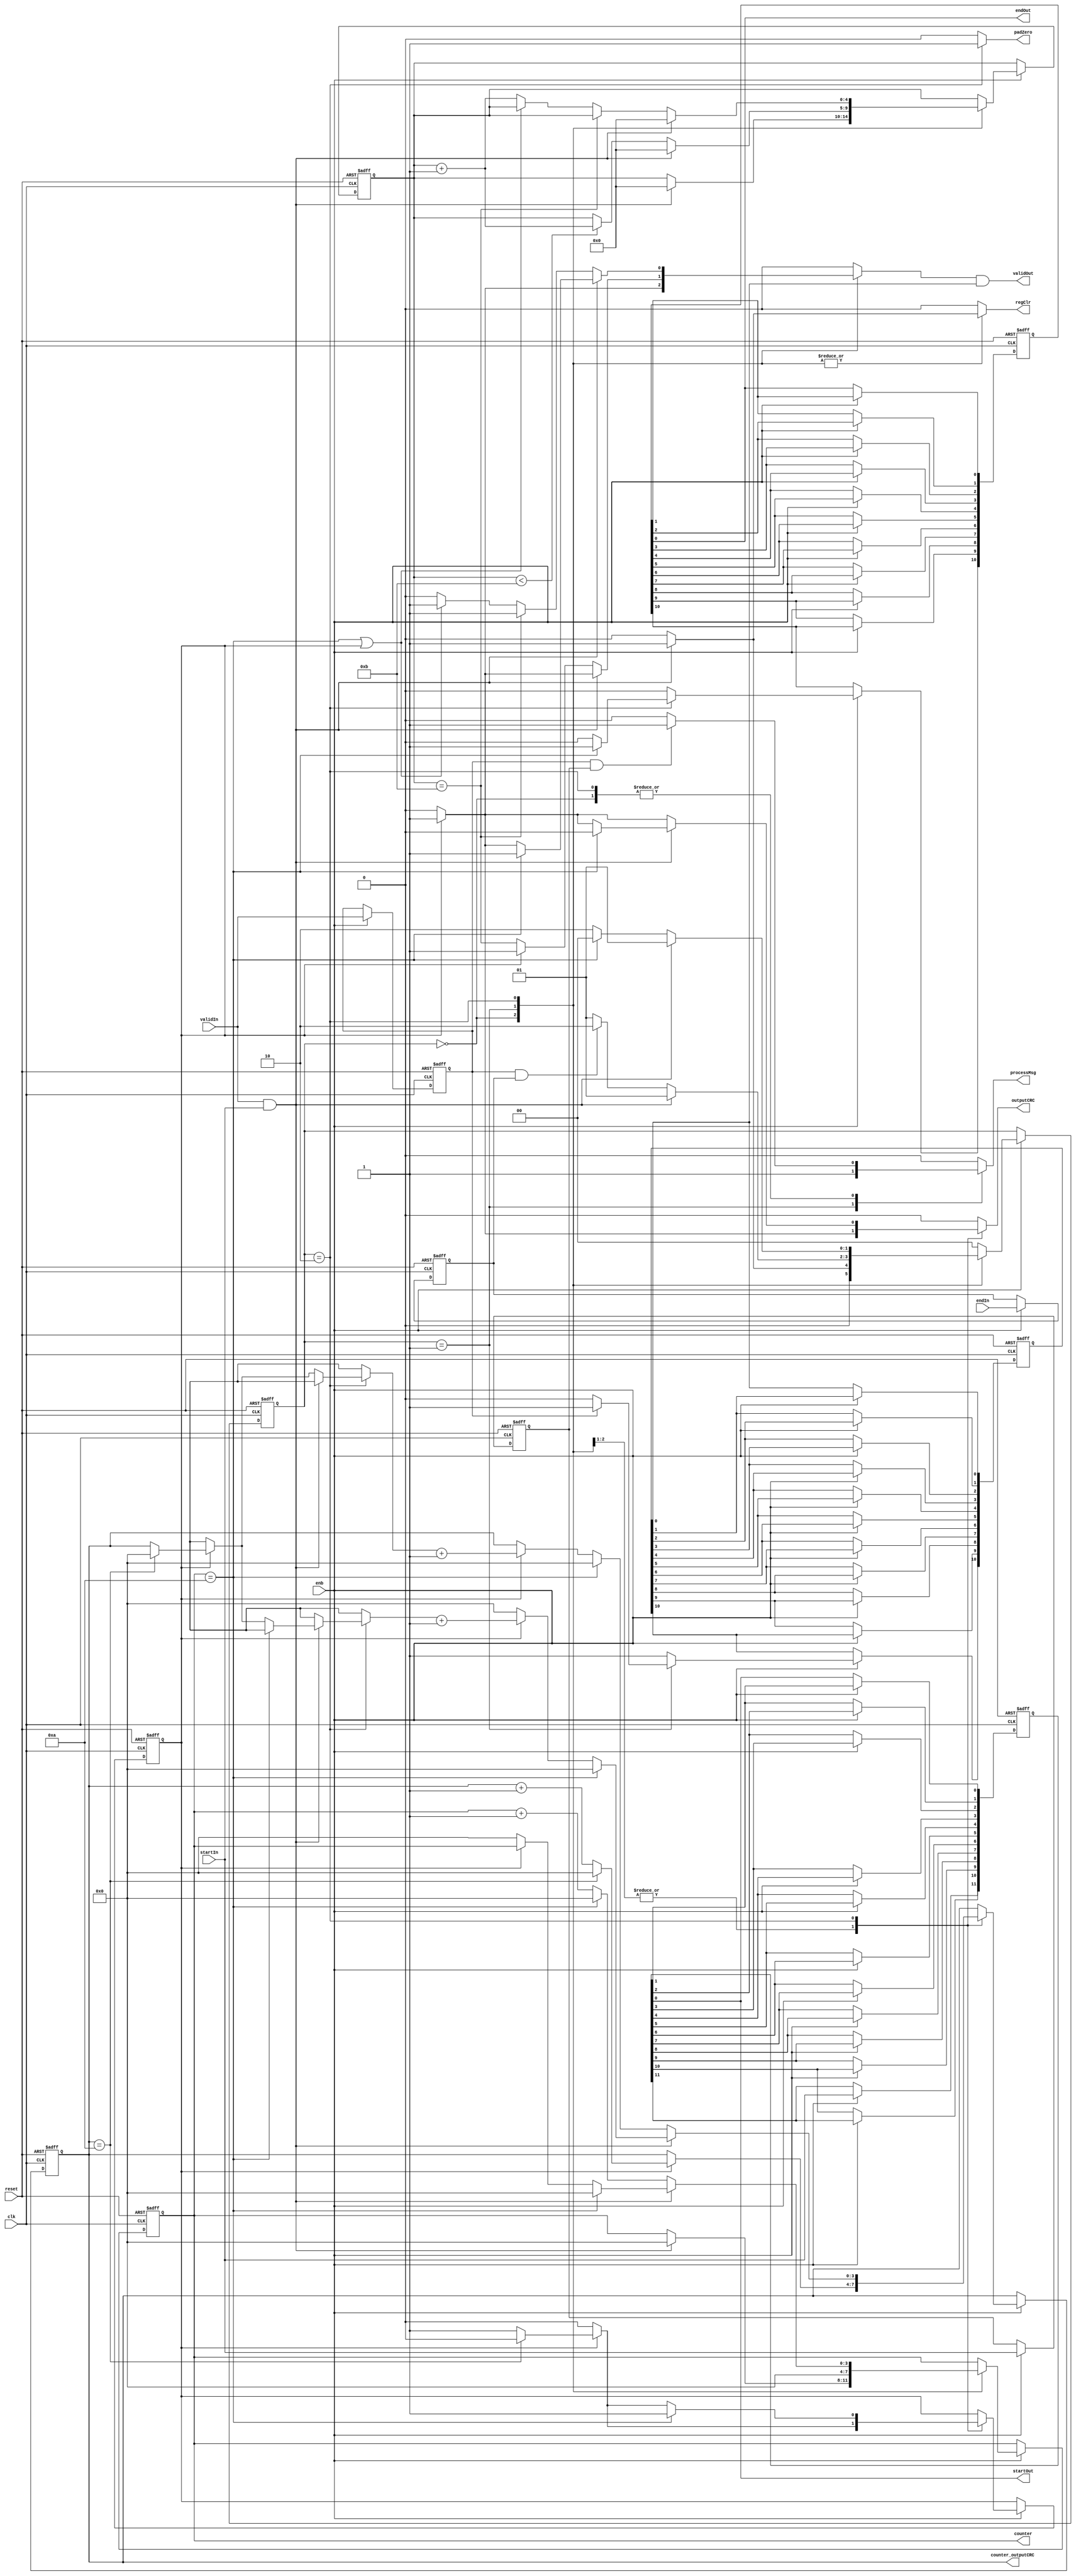
// -------------------------------------------------------------
// 
// 
// Generated by MATLAB 9.8 and HDL Coder 3.16
// 
// -------------------------------------------------------------


// -------------------------------------------------------------
// 
// Module: CRCGenControl
// Source Path: NRPolarDecodeHDL/HDL Algorithm/NR Polar Decoder/CRC Decoder/CRCGenerator/CRCGenControl
// Hierarchy Level: 4
// 
// CRC Generator Control Signals Generation
// 
// -------------------------------------------------------------

`timescale 1 ns / 1 ns

module CRCGenControl
          (clk,
           reset,
           enb,
           startIn,
           endIn,
           validIn,
           startOut,
           processMsg,
           padZero,
           outputCRC,
           endOut,
           validOut,
           regClr,
           counter,
           counter_outputCRC);


  input   clk;
  input   reset;
  input   enb;
  input   startIn;  // ufix1
  input   endIn;  // ufix1
  input   validIn;  // ufix1
  output  startOut;  // ufix1
  output  processMsg;  // ufix1
  output  padZero;  // ufix1
  output  outputCRC;  // ufix1
  output  endOut;  // ufix1
  output  validOut;  // ufix1
  output  regClr;  // ufix1
  output  [3:0] counter;  // ufix4
  output  [3:0] counter_outputCRC;  // ufix4


  reg  [0:11] dataOut_register_reg;  // ufix1 [12]
  wire [0:11] dataOut_register_reg_next;  // ufix1 [12]
  reg  validindelay;  // ufix1
  reg  sofindelay;  // ufix1
  reg  eofindelay;  // ufix1
  reg [1:0] CRCControlFSM_FSMNextState;  // ufix2
  reg [4:0] CRCControlFSM_Cnt1;  // ufix5
  reg [3:0] CRCControlFSM_Cnt2;  // ufix4
  reg [3:0] CRCControlFSM_Cnt3;  // ufix4
  reg  CRCControlFSM_Cnt3_enb;
  reg [1:0] CRCControlFSM_FSMNextState_next;  // ufix2
  reg [4:0] CRCControlFSM_Cnt1_next;  // ufix5
  reg [3:0] CRCControlFSM_Cnt2_next;  // ufix4
  reg [3:0] CRCControlFSM_Cnt3_next;  // ufix4
  reg  CRCControlFSM_Cnt3_enb_next;
  reg  validOutTemp;  // ufix1
  reg  endOutTemp;  // ufix1
  reg  validLowFlag;  // ufix1
  reg  outputCRC_1;  // ufix1
  reg  processMsg_1;  // ufix1
  reg  padZero_1;  // ufix1
  reg  regClr_1;  // ufix1
  reg [3:0] counter_1;  // ufix4
  reg [3:0] counter_outputCRC_1;  // ufix4
  reg  [0:10] dataOut_register_reg_1;  // ufix1 [11]
  wire [0:10] dataOut_register_reg_next_1;  // ufix1 [11]
  reg  [0:10] validLowFlag_register_reg;  // ufix1 [11]
  wire [0:10] validLowFlag_register_reg_next;  // ufix1 [11]
  wire validLowFlagDelay;  // ufix1
  reg [3:0] CRCControlFSM_Cnt3_temp;  // ufix4


  // buffer for startOut
  always @(posedge clk or posedge reset)
    begin : dataOut_register_process
      if (reset == 1'b1) begin
        dataOut_register_reg[0] <= 1'b0;
        dataOut_register_reg[1] <= 1'b0;
        dataOut_register_reg[2] <= 1'b0;
        dataOut_register_reg[3] <= 1'b0;
        dataOut_register_reg[4] <= 1'b0;
        dataOut_register_reg[5] <= 1'b0;
        dataOut_register_reg[6] <= 1'b0;
        dataOut_register_reg[7] <= 1'b0;
        dataOut_register_reg[8] <= 1'b0;
        dataOut_register_reg[9] <= 1'b0;
        dataOut_register_reg[10] <= 1'b0;
        dataOut_register_reg[11] <= 1'b0;
      end
      else begin
        if (enb) begin
          dataOut_register_reg[0] <= dataOut_register_reg_next[0];
          dataOut_register_reg[1] <= dataOut_register_reg_next[1];
          dataOut_register_reg[2] <= dataOut_register_reg_next[2];
          dataOut_register_reg[3] <= dataOut_register_reg_next[3];
          dataOut_register_reg[4] <= dataOut_register_reg_next[4];
          dataOut_register_reg[5] <= dataOut_register_reg_next[5];
          dataOut_register_reg[6] <= dataOut_register_reg_next[6];
          dataOut_register_reg[7] <= dataOut_register_reg_next[7];
          dataOut_register_reg[8] <= dataOut_register_reg_next[8];
          dataOut_register_reg[9] <= dataOut_register_reg_next[9];
          dataOut_register_reg[10] <= dataOut_register_reg_next[10];
          dataOut_register_reg[11] <= dataOut_register_reg_next[11];
        end
      end
    end

  assign startOut = dataOut_register_reg[11];
  assign dataOut_register_reg_next[0] = startIn;
  assign dataOut_register_reg_next[1] = dataOut_register_reg[0];
  assign dataOut_register_reg_next[2] = dataOut_register_reg[1];
  assign dataOut_register_reg_next[3] = dataOut_register_reg[2];
  assign dataOut_register_reg_next[4] = dataOut_register_reg[3];
  assign dataOut_register_reg_next[5] = dataOut_register_reg[4];
  assign dataOut_register_reg_next[6] = dataOut_register_reg[5];
  assign dataOut_register_reg_next[7] = dataOut_register_reg[6];
  assign dataOut_register_reg_next[8] = dataOut_register_reg[7];
  assign dataOut_register_reg_next[9] = dataOut_register_reg[8];
  assign dataOut_register_reg_next[10] = dataOut_register_reg[9];
  assign dataOut_register_reg_next[11] = dataOut_register_reg[10];



  // validIn buffer
  always @(posedge clk or posedge reset)
    begin : validInReg_process
      if (reset == 1'b1) begin
        validindelay <= 1'b0;
      end
      else begin
        if (enb) begin
          validindelay <= validIn;
        end
      end
    end



  // startIn buffer
  always @(posedge clk or posedge reset)
    begin : startInReg_process
      if (reset == 1'b1) begin
        sofindelay <= 1'b0;
      end
      else begin
        if (enb) begin
          sofindelay <= startIn;
        end
      end
    end



  // endIn buffer
  always @(posedge clk or posedge reset)
    begin : endInReg_process
      if (reset == 1'b1) begin
        eofindelay <= 1'b0;
      end
      else begin
        if (enb) begin
          eofindelay <= endIn;
        end
      end
    end



  // CRC Generator Control FSM
  always @(posedge clk or posedge reset)
    begin : CRCControlFSM_process
      if (reset == 1'b1) begin
        CRCControlFSM_FSMNextState <= 2'b00;
        CRCControlFSM_Cnt1 <= 5'b00000;
        CRCControlFSM_Cnt2 <= 4'b0000;
        CRCControlFSM_Cnt3 <= 4'b0000;
        CRCControlFSM_Cnt3_enb <= 1'b0;
      end
      else begin
        if (enb) begin
          CRCControlFSM_FSMNextState <= CRCControlFSM_FSMNextState_next;
          CRCControlFSM_Cnt1 <= CRCControlFSM_Cnt1_next;
          CRCControlFSM_Cnt2 <= CRCControlFSM_Cnt2_next;
          CRCControlFSM_Cnt3 <= CRCControlFSM_Cnt3_next;
          CRCControlFSM_Cnt3_enb <= CRCControlFSM_Cnt3_enb_next;
        end
      end
    end

  always @(CRCControlFSM_Cnt1, CRCControlFSM_Cnt2, CRCControlFSM_Cnt3,
       CRCControlFSM_Cnt3_enb, CRCControlFSM_FSMNextState, eofindelay,
       sofindelay, startIn, validIn, validindelay) begin
    CRCControlFSM_Cnt3_temp = CRCControlFSM_Cnt3;
    CRCControlFSM_FSMNextState_next = CRCControlFSM_FSMNextState;
    CRCControlFSM_Cnt1_next = CRCControlFSM_Cnt1;
    CRCControlFSM_Cnt2_next = CRCControlFSM_Cnt2;
    CRCControlFSM_Cnt3_enb_next = CRCControlFSM_Cnt3_enb;
    case ( CRCControlFSM_FSMNextState)
      2'b00 :
        begin
          validLowFlag = 1'b1;
          regClr_1 = 1'b0;
          processMsg_1 = 1'b0;
          padZero_1 = 1'b0;
          endOutTemp = 1'b0;
          if (CRCControlFSM_Cnt3_enb) begin
            validOutTemp = 1'b1;
            outputCRC_1 = 1'b1;
            if (CRCControlFSM_Cnt3 == 4'b1010) begin
              CRCControlFSM_Cnt3_enb_next = 1'b0;
              CRCControlFSM_Cnt3_temp = 4'b0000;
            end
            else begin
              CRCControlFSM_Cnt3_temp = CRCControlFSM_Cnt3 + 4'b0001;
            end
          end
          else begin
            validOutTemp = 1'b0;
            outputCRC_1 = 1'b0;
          end
          if ((validindelay != 1'b0) && (sofindelay != 1'b0)) begin
            processMsg_1 = 1'b1;
          end
          if ((validIn != 1'b0) && (startIn != 1'b0)) begin
            regClr_1 = 1'b1;
            CRCControlFSM_FSMNextState_next = 2'b01;
            CRCControlFSM_Cnt1_next = 5'b00000;
            CRCControlFSM_Cnt2_next = 4'b0000;
          end
          else begin
            CRCControlFSM_FSMNextState_next = 2'b00;
          end
        end
      2'b01 :
        begin
          validLowFlag = 1'b1;
          regClr_1 = 1'b0;
          processMsg_1 = 1'b1;
          endOutTemp = 1'b0;
          padZero_1 = 1'b0;
          CRCControlFSM_Cnt2_next = 4'b0000;
          if (validindelay == 1'b0) begin
            validLowFlag = 1'b0;
          end
          if ((validIn != 1'b0) && (startIn != 1'b0)) begin
            regClr_1 = 1'b1;
            CRCControlFSM_FSMNextState_next = 2'b01;
            CRCControlFSM_Cnt1_next = 5'b00000;
            if (CRCControlFSM_Cnt3_enb) begin
              validOutTemp = 1'b1;
              outputCRC_1 = 1'b1;
              if (CRCControlFSM_Cnt3 == 4'b1010) begin
                CRCControlFSM_Cnt3_enb_next = 1'b0;
                CRCControlFSM_Cnt3_temp = 4'b0000;
              end
              else begin
                CRCControlFSM_Cnt3_temp = CRCControlFSM_Cnt3 + 4'b0001;
              end
            end
            else begin
              validOutTemp = 1'b0;
              outputCRC_1 = 1'b0;
            end
          end
          else begin
            if (CRCControlFSM_Cnt3_enb) begin
              validOutTemp = 1'b1;
              outputCRC_1 = 1'b1;
            end
            else begin
              validOutTemp = CRCControlFSM_Cnt1 == 5'b01011;
              outputCRC_1 = 1'b0;
            end
            if (CRCControlFSM_Cnt3_enb) begin
              if (CRCControlFSM_Cnt3 == 4'b1010) begin
                CRCControlFSM_Cnt3_enb_next = 1'b0;
                CRCControlFSM_Cnt3_temp = 4'b0000;
              end
              else begin
                CRCControlFSM_Cnt3_temp = CRCControlFSM_Cnt3 + 4'b0001;
              end
            end
            if (CRCControlFSM_Cnt1 < 5'b01011) begin
              CRCControlFSM_Cnt1_next = CRCControlFSM_Cnt1 + 5'b00001;
            end
            if ((validindelay != 1'b0) && (eofindelay != 1'b0)) begin
              CRCControlFSM_FSMNextState_next = 2'b10;
            end
            else begin
              CRCControlFSM_FSMNextState_next = 2'b01;
            end
          end
        end
      2'b10 :
        begin
          validLowFlag = 1'b1;
          regClr_1 = 1'b0;
          processMsg_1 = 1'b0;
          padZero_1 = 1'b1;
          if ((validindelay != 1'b0) && (sofindelay != 1'b0)) begin
            processMsg_1 = 1'b1;
          end
          if ((validIn != 1'b0) && (startIn != 1'b0)) begin
            regClr_1 = 1'b1;
            CRCControlFSM_FSMNextState_next = 2'b01;
            CRCControlFSM_Cnt1_next = 5'b00000;
            if (CRCControlFSM_Cnt2 == 4'b1010) begin
              validOutTemp = 1'b1;
              endOutTemp = 1'b1;
              CRCControlFSM_Cnt3_enb_next = 1'b1;
              outputCRC_1 = 1'b0;
              CRCControlFSM_Cnt3_temp = 4'b0000;
              CRCControlFSM_Cnt2_next = 4'b0000;
            end
            else begin
              endOutTemp = 1'b0;
              if (CRCControlFSM_Cnt3_enb) begin
                validOutTemp = 1'b1;
                outputCRC_1 = 1'b1;
                if (CRCControlFSM_Cnt3 == 4'b1010) begin
                  CRCControlFSM_Cnt3_enb_next = 1'b0;
                  CRCControlFSM_Cnt3_temp = 4'b0000;
                end
                CRCControlFSM_Cnt3_temp = CRCControlFSM_Cnt3_temp + 4'b0001;
              end
              else begin
                validOutTemp = 1'b0;
                CRCControlFSM_Cnt2_next = 4'b0000;
                CRCControlFSM_Cnt3_temp = 4'b0000;
                outputCRC_1 = 1'b0;
              end
            end
          end
          else begin
            if (CRCControlFSM_Cnt1 == 5'b01011) begin
              validOutTemp = 1'b1;
            end
            else if ((CRCControlFSM_Cnt2 == 4'b1010) || CRCControlFSM_Cnt3_enb) begin
              validOutTemp = 1'b1;
            end
            else begin
              CRCControlFSM_Cnt1_next = CRCControlFSM_Cnt1 + 5'b00001;
              validOutTemp = 1'b0;
            end
            if (CRCControlFSM_Cnt3_enb) begin
              outputCRC_1 = 1'b1;
              if (CRCControlFSM_Cnt3 == 4'b1010) begin
                CRCControlFSM_Cnt3_enb_next = 1'b0;
                CRCControlFSM_Cnt3_temp = 4'b0000;
              end
              CRCControlFSM_Cnt3_temp = CRCControlFSM_Cnt3_temp + 4'b0001;
            end
            else begin
              outputCRC_1 = 1'b0;
            end
            if (CRCControlFSM_Cnt2 == 4'b1010) begin
              CRCControlFSM_FSMNextState_next = 2'b00;
              endOutTemp = 1'b1;
              CRCControlFSM_Cnt3_enb_next = 1'b1;
              CRCControlFSM_Cnt3_temp = 4'b0000;
              CRCControlFSM_Cnt2_next = 4'b0000;
            end
            else begin
              CRCControlFSM_FSMNextState_next = 2'b10;
              endOutTemp = 1'b0;
              CRCControlFSM_Cnt2_next = CRCControlFSM_Cnt2 + 4'b0001;
            end
          end
        end
      default :
        begin
          CRCControlFSM_FSMNextState_next = 2'b00;
          validOutTemp = 1'b0;
          endOutTemp = 1'b0;
          outputCRC_1 = 1'b0;
          processMsg_1 = 1'b0;
          padZero_1 = 1'b0;
          regClr_1 = 1'b0;
          validLowFlag = 1'b1;
        end
    endcase
    counter_1 = CRCControlFSM_Cnt2;
    counter_outputCRC_1 = CRCControlFSM_Cnt3;
    CRCControlFSM_Cnt3_next = CRCControlFSM_Cnt3_temp;
  end



  // buffer for endOut
  always @(posedge clk or posedge reset)
    begin : dataOut_register_1_process
      if (reset == 1'b1) begin
        dataOut_register_reg_1[0] <= 1'b0;
        dataOut_register_reg_1[1] <= 1'b0;
        dataOut_register_reg_1[2] <= 1'b0;
        dataOut_register_reg_1[3] <= 1'b0;
        dataOut_register_reg_1[4] <= 1'b0;
        dataOut_register_reg_1[5] <= 1'b0;
        dataOut_register_reg_1[6] <= 1'b0;
        dataOut_register_reg_1[7] <= 1'b0;
        dataOut_register_reg_1[8] <= 1'b0;
        dataOut_register_reg_1[9] <= 1'b0;
        dataOut_register_reg_1[10] <= 1'b0;
      end
      else begin
        if (enb) begin
          dataOut_register_reg_1[0] <= dataOut_register_reg_next_1[0];
          dataOut_register_reg_1[1] <= dataOut_register_reg_next_1[1];
          dataOut_register_reg_1[2] <= dataOut_register_reg_next_1[2];
          dataOut_register_reg_1[3] <= dataOut_register_reg_next_1[3];
          dataOut_register_reg_1[4] <= dataOut_register_reg_next_1[4];
          dataOut_register_reg_1[5] <= dataOut_register_reg_next_1[5];
          dataOut_register_reg_1[6] <= dataOut_register_reg_next_1[6];
          dataOut_register_reg_1[7] <= dataOut_register_reg_next_1[7];
          dataOut_register_reg_1[8] <= dataOut_register_reg_next_1[8];
          dataOut_register_reg_1[9] <= dataOut_register_reg_next_1[9];
          dataOut_register_reg_1[10] <= dataOut_register_reg_next_1[10];
        end
      end
    end

  assign endOut = dataOut_register_reg_1[10];
  assign dataOut_register_reg_next_1[0] = endOutTemp;
  assign dataOut_register_reg_next_1[1] = dataOut_register_reg_1[0];
  assign dataOut_register_reg_next_1[2] = dataOut_register_reg_1[1];
  assign dataOut_register_reg_next_1[3] = dataOut_register_reg_1[2];
  assign dataOut_register_reg_next_1[4] = dataOut_register_reg_1[3];
  assign dataOut_register_reg_next_1[5] = dataOut_register_reg_1[4];
  assign dataOut_register_reg_next_1[6] = dataOut_register_reg_1[5];
  assign dataOut_register_reg_next_1[7] = dataOut_register_reg_1[6];
  assign dataOut_register_reg_next_1[8] = dataOut_register_reg_1[7];
  assign dataOut_register_reg_next_1[9] = dataOut_register_reg_1[8];
  assign dataOut_register_reg_next_1[10] = dataOut_register_reg_1[9];



  // buffer for validLowFlag
  always @(posedge clk or posedge reset)
    begin : validLowFlag_register_process
      if (reset == 1'b1) begin
        validLowFlag_register_reg[0] <= 1'b0;
        validLowFlag_register_reg[1] <= 1'b0;
        validLowFlag_register_reg[2] <= 1'b0;
        validLowFlag_register_reg[3] <= 1'b0;
        validLowFlag_register_reg[4] <= 1'b0;
        validLowFlag_register_reg[5] <= 1'b0;
        validLowFlag_register_reg[6] <= 1'b0;
        validLowFlag_register_reg[7] <= 1'b0;
        validLowFlag_register_reg[8] <= 1'b0;
        validLowFlag_register_reg[9] <= 1'b0;
        validLowFlag_register_reg[10] <= 1'b0;
      end
      else begin
        if (enb) begin
          validLowFlag_register_reg[0] <= validLowFlag_register_reg_next[0];
          validLowFlag_register_reg[1] <= validLowFlag_register_reg_next[1];
          validLowFlag_register_reg[2] <= validLowFlag_register_reg_next[2];
          validLowFlag_register_reg[3] <= validLowFlag_register_reg_next[3];
          validLowFlag_register_reg[4] <= validLowFlag_register_reg_next[4];
          validLowFlag_register_reg[5] <= validLowFlag_register_reg_next[5];
          validLowFlag_register_reg[6] <= validLowFlag_register_reg_next[6];
          validLowFlag_register_reg[7] <= validLowFlag_register_reg_next[7];
          validLowFlag_register_reg[8] <= validLowFlag_register_reg_next[8];
          validLowFlag_register_reg[9] <= validLowFlag_register_reg_next[9];
          validLowFlag_register_reg[10] <= validLowFlag_register_reg_next[10];
        end
      end
    end

  assign validLowFlagDelay = validLowFlag_register_reg[10];
  assign validLowFlag_register_reg_next[0] = validLowFlag;
  assign validLowFlag_register_reg_next[1] = validLowFlag_register_reg[0];
  assign validLowFlag_register_reg_next[2] = validLowFlag_register_reg[1];
  assign validLowFlag_register_reg_next[3] = validLowFlag_register_reg[2];
  assign validLowFlag_register_reg_next[4] = validLowFlag_register_reg[3];
  assign validLowFlag_register_reg_next[5] = validLowFlag_register_reg[4];
  assign validLowFlag_register_reg_next[6] = validLowFlag_register_reg[5];
  assign validLowFlag_register_reg_next[7] = validLowFlag_register_reg[6];
  assign validLowFlag_register_reg_next[8] = validLowFlag_register_reg[7];
  assign validLowFlag_register_reg_next[9] = validLowFlag_register_reg[8];
  assign validLowFlag_register_reg_next[10] = validLowFlag_register_reg[9];



  // drag validOut down when validIn is low in the message processing state
  assign validOut = validOutTemp & validLowFlagDelay;



  assign processMsg = processMsg_1;

  assign padZero = padZero_1;

  assign outputCRC = outputCRC_1;

  assign regClr = regClr_1;

  assign counter = counter_1;

  assign counter_outputCRC = counter_outputCRC_1;

endmodule  // CRCGenControl